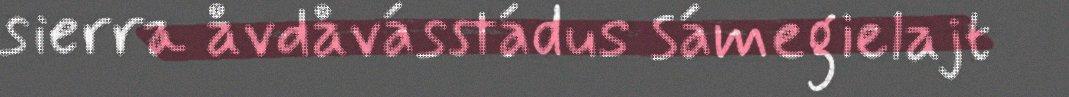
sierra åvdåvásstádus sámegielajt